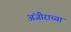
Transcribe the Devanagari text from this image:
अंजीराच्या